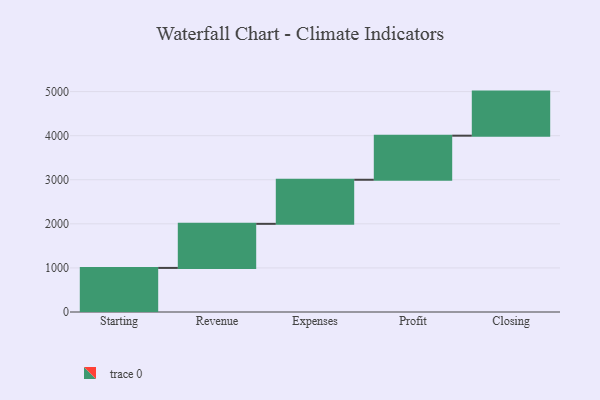
{"axis": {"x": "Step", "y": "Value"}, "legend": [""], "data": [{"x": "Starting", "y": 1000, "type": ""}, {"x": "Revenue", "y": 1000, "type": ""}, {"x": "Expenses", "y": 1000, "type": ""}, {"x": "Profit", "y": 1000, "type": ""}, {"x": "Closing", "y": 1000, "type": ""}]}